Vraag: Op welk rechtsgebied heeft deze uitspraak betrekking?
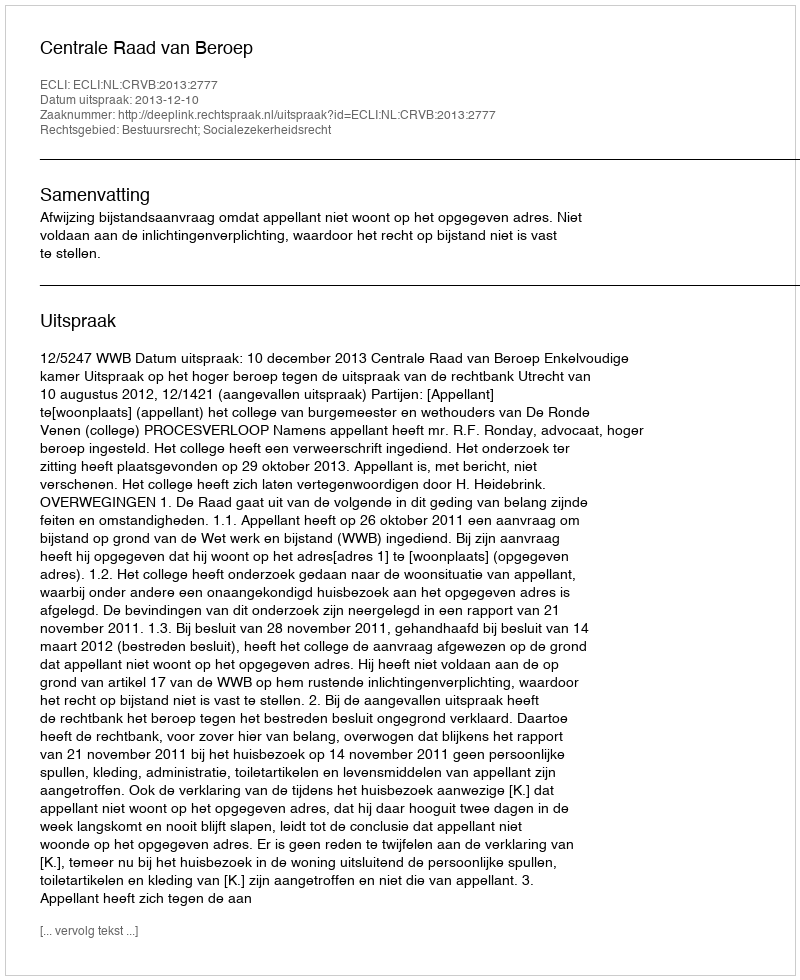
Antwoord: Bestuursrecht; Socialezekerheidsrecht